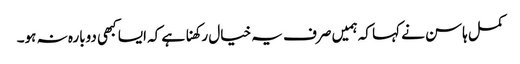
کمل ہاسن نے کہا کہ ہمیں صرف یہ خیال رکھنا ہے کہ ایسا کبھی دوبارہ نہ ہو۔